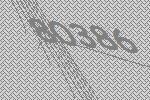
80386